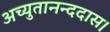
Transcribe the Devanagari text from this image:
अच्युतानन्ददास।